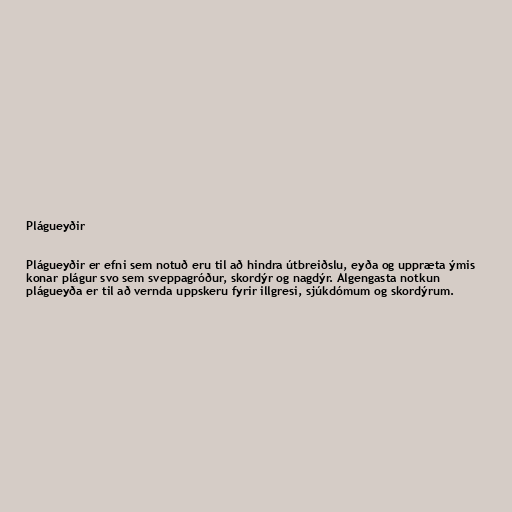
Plágueyðir

Plágueyðir er efni sem notuð eru til að hindra útbreiðslu, eyða og uppræta ýmis
konar plágur svo sem sveppagróður, skordýr og nagdýr. Algengasta notkun
plágueyða er til að vernda uppskeru fyrir illgresi, sjúkdómum og skordýrum.